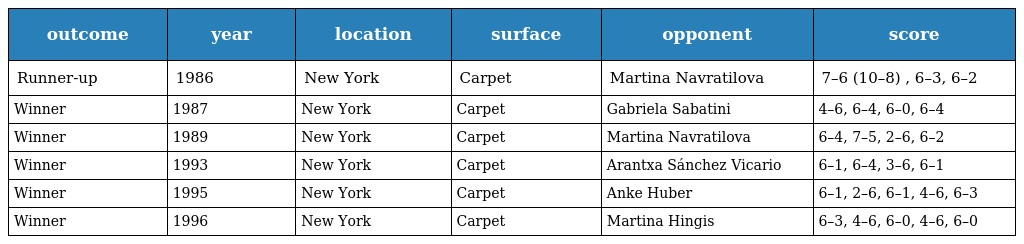
| outcome | year | location | surface | opponent | score |
 | --- | --- | --- | --- | --- | --- |
 | Runner-up | 1986 | New York | Carpet | Martina Navratilova | 7–6 (10–8) , 6–3, 6–2 |
 | Winner | 1987 | New York | Carpet | Gabriela Sabatini | 4–6, 6–4, 6–0, 6–4 |
 | Winner | 1989 | New York | Carpet | Martina Navratilova | 6–4, 7–5, 2–6, 6–2 |
 | Winner | 1993 | New York | Carpet | Arantxa Sánchez Vicario | 6–1, 6–4, 3–6, 6–1 |
 | Winner | 1995 | New York | Carpet | Anke Huber | 6–1, 2–6, 6–1, 4–6, 6–3 |
 | Winner | 1996 | New York | Carpet | Martina Hingis | 6–3, 4–6, 6–0, 4–6, 6–0 |